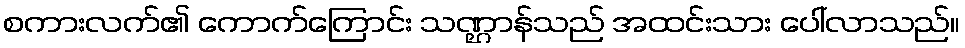
စကားလက်၏ ကောက်ကြောင်း သဏ္ဌာန်သည် အထင်းသား ပေါ်လာသည်။